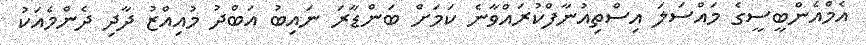
އެމްއެންބީސީގެ މައްސަލަ އިސްތިއުނާފްކުރައްވާނެ ކަމަށް ބަންޑާރަ ނައިބު އަބްދު މުއިއްޒު ދާދި ދެންމެއަކު